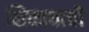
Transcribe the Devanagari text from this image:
शिक्क्याची